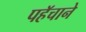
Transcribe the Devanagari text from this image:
पहॅचाने